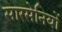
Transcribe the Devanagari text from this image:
सारसेनियों